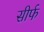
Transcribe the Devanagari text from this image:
सीर्फ